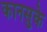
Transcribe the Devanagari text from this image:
कानसुके